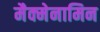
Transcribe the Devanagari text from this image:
मैक्मेनामिन